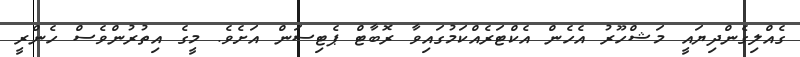
ގެއްލިގެންދިޔައީ މަޝްހޫރު އެހެން އެކްޓަރެއްކަމުގައިވާ ރޮބާޓް ޕެޓިސަން އަށެވެ. މީގެ އިތުރުންވެސް ހެންރީ